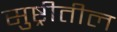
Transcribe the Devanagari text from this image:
सुष्ट्रीतील